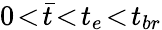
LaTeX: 0\! <\! \bar{t}\! <\! t_{e}\! <\! t_{br}